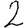
Digit: 2